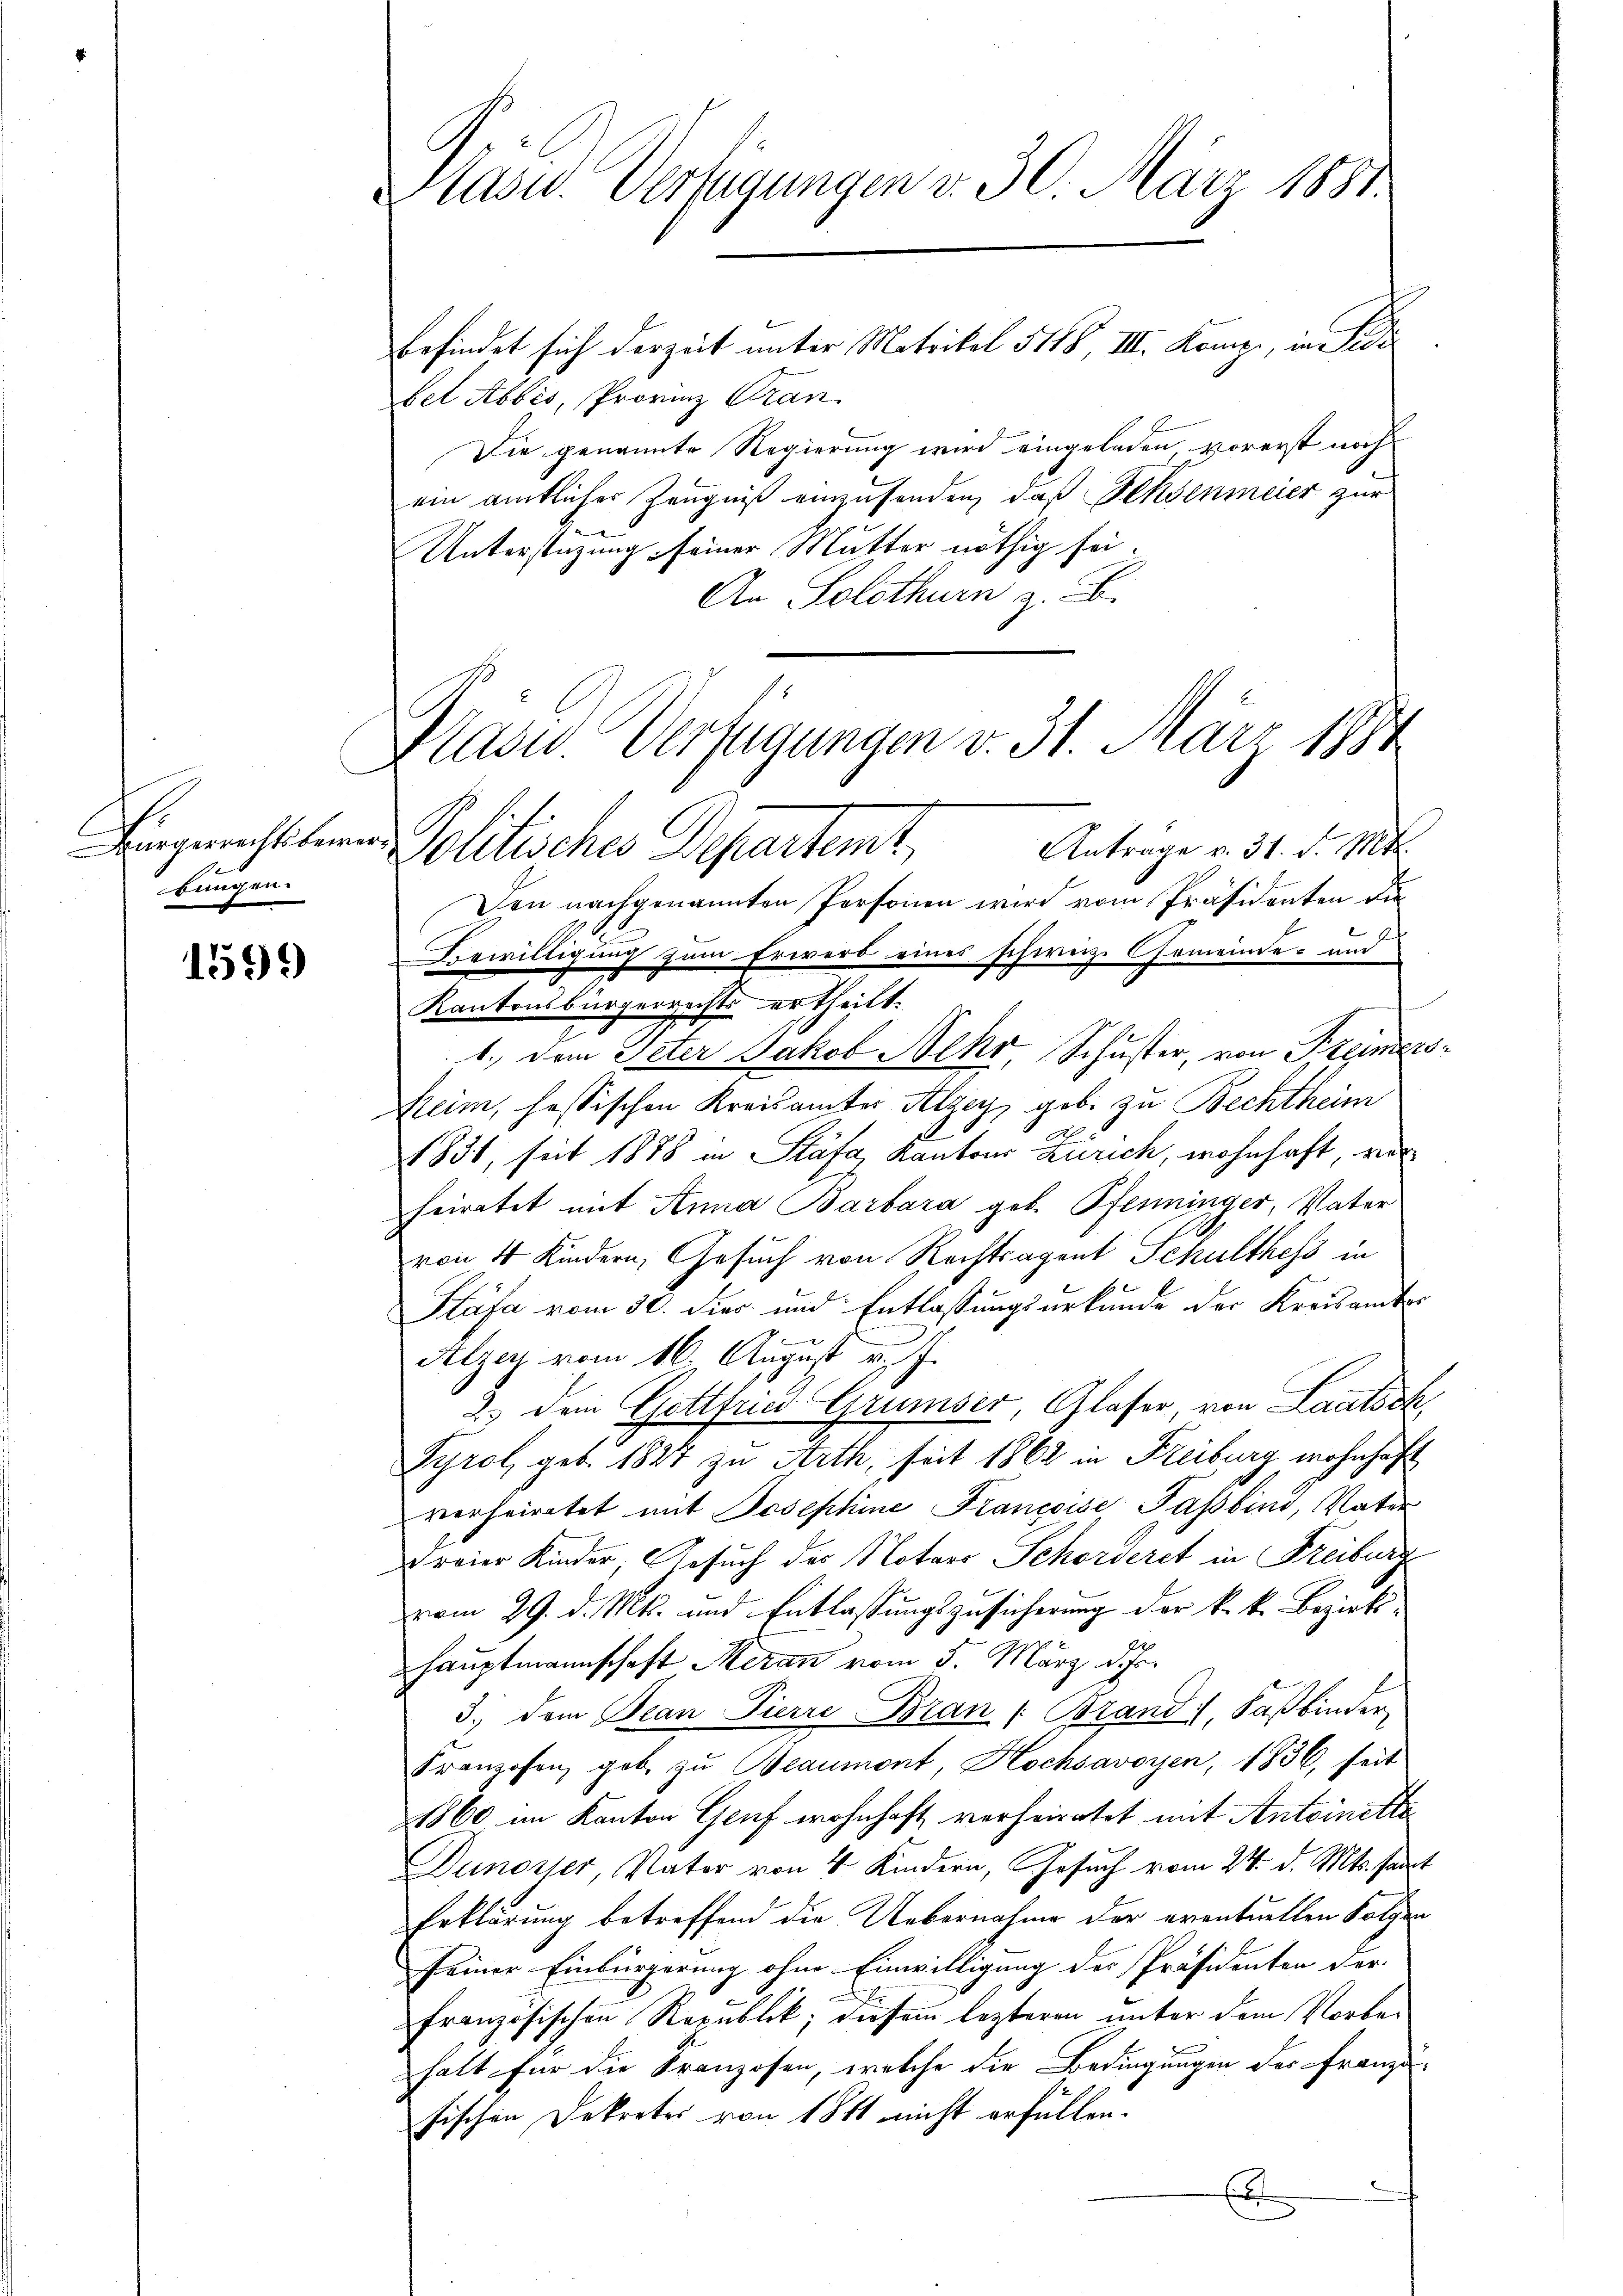
Bürgerrechtsbere
bungen.

1599

Präsid. Verfügungen v. 30. März 1883.

befindet sich derzeit unter Matrikel 5118, III. Komp., in de
bet Abbes, Provinz Kran
Die genannte Regierung wird eingeladen vorerst noch
ein amtlicher Zeugniß einzusenden, daß Sehenmeier zur
Unterstüzung seiner Mutter nöthig sei.
An Solothurn z. B.

Klase Verfügungen v. 31. März 1884

Antrage v. 31. d. Mts.
Politisches Departemt,
Den nachgenannten Personen wird vom Präsidenten die
Bewilligung zum Erwerb eines schweiz. Gemeinde- und
Kantonsbürgerrechts ertheilt.
1.) Dem Peter Jakob Aeko Schuster, von Freimers
Reim, fassischen Kreisamter Alzey, geb. zu Bechtheim
1831, seit 1888 in Stäfa, Kantons Zürich, wohnhaft, verheiratet mit Anna Barbara geb. Pfenninger, Vater
von 4 Kindern, Gesuch von Rechtsagent Schulthess in
Kläfa vom 30. dies und Entlassungsurkunde der Kreisamtor
Alzer vom 16. August v. J.
2.) Dem Gottfrei Grumser, Glaser, von Laatsch,
Tyrol, geb. 1827 zu Arth, seit 1862 in Freiburg wohnhaft
verheiratet mit Josephine Francoise Passbind, Vater
reier Kinder, Gesuch des Notars Schorderet in Freiburg
vom 29. d. Mts. und Entlassungszusicherung der k. k. Bezirkshauptmannschaft Meran vom 5. März d. Js.
3.) dem Bean Pierre Bran (Brand), Faßbinder
Franzosen, geb zu Beaumont, Hochsavoyen, 1836, seit
1860 im Kanton Genf wohnhaft verheiratet mit Antoinette
Dunosser, Vater von 4 Kindern, Gesuch vom 24. d. Mts. samt
Erklärung betreffend die Uebernahme der eventuellen Folgen
seiner Einbürgerung ohne Einwilligung des Präsidenten der
französischen Republik, diesem lezteren unter dem Vorbehalt für die Franzosen, welche die Bedingungen der Franzu-
fischen Dekretes von 1811 nicht erfüllen.
E